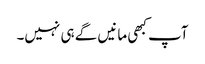
آپ کبھی مانیں گے ہی نہیں۔